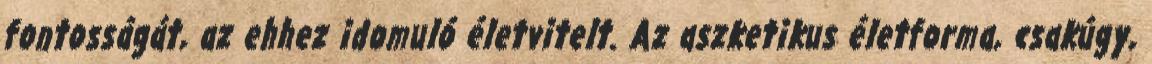
fontosságát, az ehhez idomuló életvitelt. Az aszketikus életforma, csakúgy,